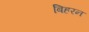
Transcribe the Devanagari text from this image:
बिहरन